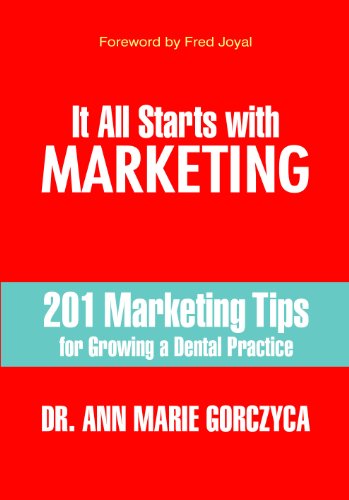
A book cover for It All Starts With Marketing; Dr. Ann Marie Gorczyca DMD MPH MS; Medical Books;